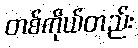
တစ်ကိုယ်တည်း